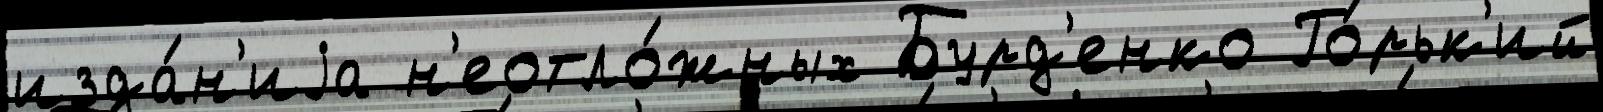
изда́н'иjа н'еотло́жных Бурд'енко Го́рьк'ий